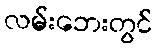
လမ်းဘေးတွင်